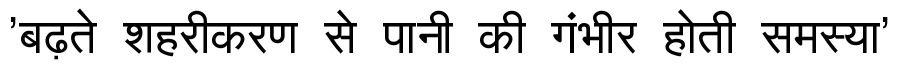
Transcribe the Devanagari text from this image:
'बढ़ते शहरीकरण से पानी की गंभीर होती समस्या'